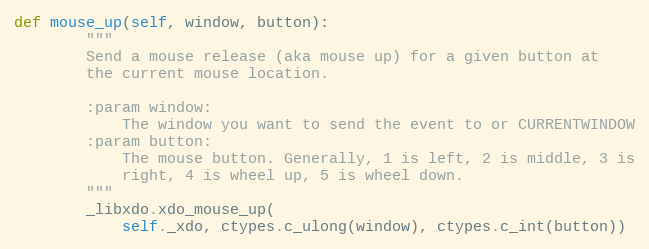
Language: Python
def mouse_up(self, window, button):
        """
        Send a mouse release (aka mouse up) for a given button at
        the current mouse location.

        :param window:
            The window you want to send the event to or CURRENTWINDOW
        :param button:
            The mouse button. Generally, 1 is left, 2 is middle, 3 is
            right, 4 is wheel up, 5 is wheel down.
        """
        _libxdo.xdo_mouse_up(
            self._xdo, ctypes.c_ulong(window), ctypes.c_int(button))